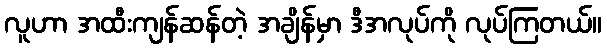
လူဟာ အထီးကျန်ဆန်တဲ့ အချိန်မှာ ဒီအလုပ်ကို လုပ်ကြတယ်။